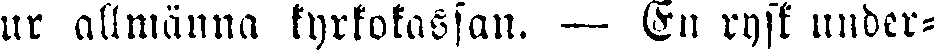
ur allmänna kyrkokassan. — En rysk under-